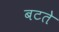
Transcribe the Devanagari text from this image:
बटते